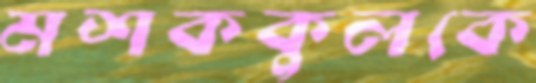
মশককুলকে